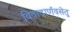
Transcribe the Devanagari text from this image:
विवादार्णवसेतु